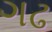
ગઢ